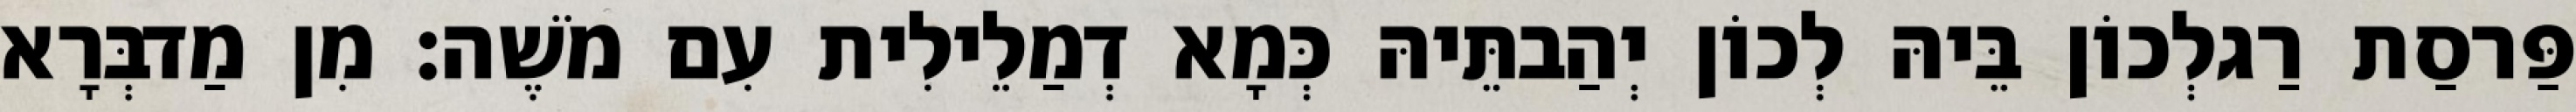
פַּרסַת רַגלְכוֹן בֵּיהּ לְכוֹן יְהַבתֵּיהּ כְּמָא דְמַלֵילִית עִם מֹשֶׁה׃ מִן מַדבְּרָא